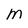
Character: M